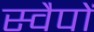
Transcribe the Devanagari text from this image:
स्वैपों